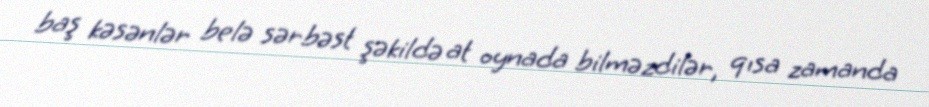
baş kəsənlər belə sərbəst şəkildə at oynada bilməzdilər, qısa zamanda